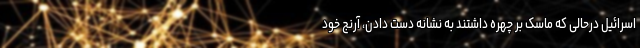
اسرائیل درحالی که ماسک بر چهره داشتند به نشانه دست دادن، آرنج خود